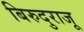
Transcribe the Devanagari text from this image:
बिरुदुराजू